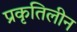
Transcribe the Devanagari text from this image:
प्रकृतिलीन